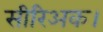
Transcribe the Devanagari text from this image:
सीरिअक।